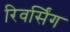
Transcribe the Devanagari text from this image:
रिवर्सिंग